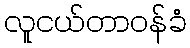
လူငယ်တာဝန်ခံ